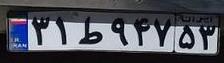
۳۱ط۹۴۷۵۳